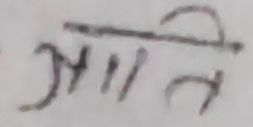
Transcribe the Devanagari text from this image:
आतति